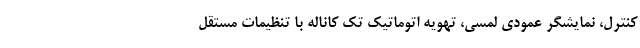
کنترل، نمایشگر عمودی لمسی، تهویه اتوماتیک تک کاناله با تنظیمات مستقل